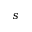
s